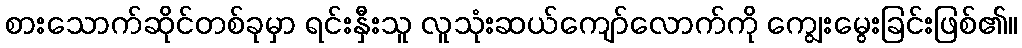
စားသောက်ဆိုင်တစ်ခုမှာ ရင်းနှီးသူ လူသုံးဆယ်ကျော်လောက်ကို ကျွေးမွေးခြင်းဖြစ်၏။